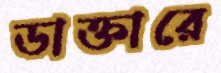
ডাক্তারে